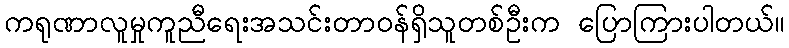
ကရုဏာလူမှုကူညီရေးအသင်းတာဝန်ရှိသူတစ်ဦးက ပြောကြားပါတယ်။